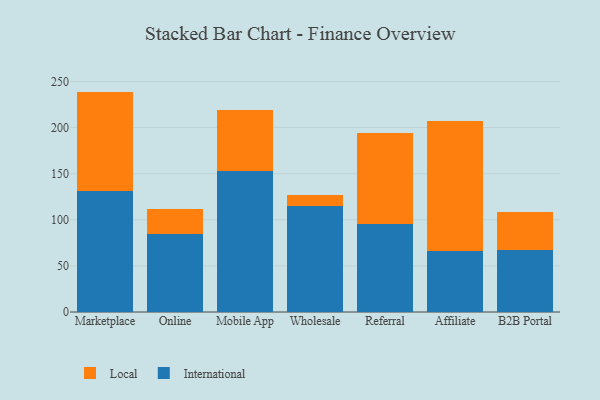
{"axis": {"x": "Channel", "y": "Inventory Turnover"}, "legend": ["International", "Local"], "data": [{"x": "Marketplace", "y": 131.2, "type": "International"}, {"x": "Marketplace", "y": 107.8, "type": "Local"}, {"x": "Online", "y": 84.8, "type": "International"}, {"x": "Online", "y": 26.4, "type": "Local"}, {"x": "Mobile App", "y": 153.1, "type": "International"}, {"x": "Mobile App", "y": 65.9, "type": "Local"}, {"x": "Wholesale", "y": 115.1, "type": "International"}, {"x": "Wholesale", "y": 11.7, "type": "Local"}, {"x": "Referral", "y": 95.6, "type": "International"}, {"x": "Referral", "y": 98.9, "type": "Local"}, {"x": "Affiliate", "y": 66.1, "type": "International"}, {"x": "Affiliate", "y": 141.3, "type": "Local"}, {"x": "B2B Portal", "y": 67.4, "type": "International"}, {"x": "B2B Portal", "y": 41.1, "type": "Local"}]}